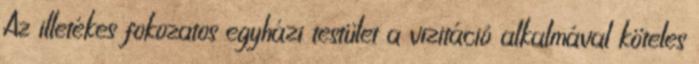
Az illetékes fokozatos egyházi testület a vizitáció alkalmával köteles